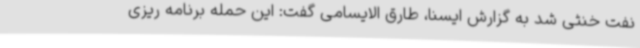
نفت خنثی شد به گزارش ایسنا، طارق الایسامی گفت: این حمله برنامه ریزی